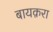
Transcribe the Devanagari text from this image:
बायक़रा